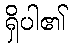
ရှိပါ၏